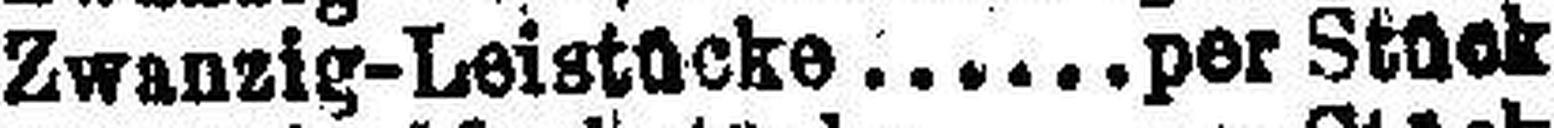
Zwanzig-Leistücke per Stück